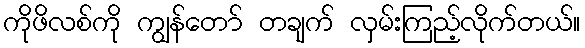
ကိုဖိလစ်ကို ကျွန်တော် တချက် လှမ်းကြည့်လိုက်တယ်။